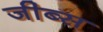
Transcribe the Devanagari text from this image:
जीब्स